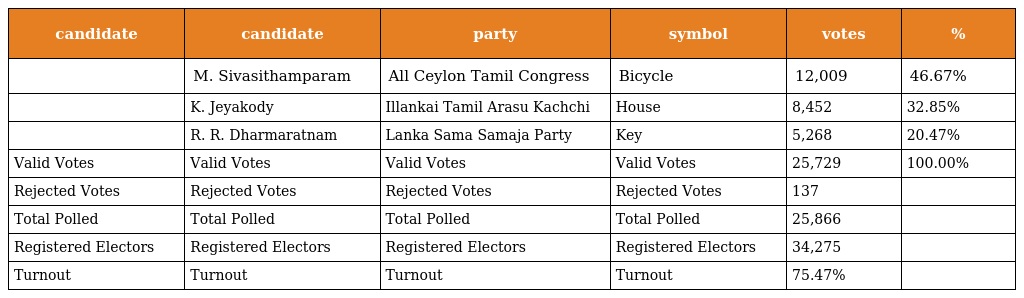
| candidate | candidate | party | symbol | votes | % |
 | --- | --- | --- | --- | --- | --- |
 |  | M. Sivasithamparam | All Ceylon Tamil Congress | Bicycle | 12,009 | 46.67% |
 |  | K. Jeyakody | Illankai Tamil Arasu Kachchi | House | 8,452 | 32.85% |
 |  | R. R. Dharmaratnam | Lanka Sama Samaja Party | Key | 5,268 | 20.47% |
 | Valid Votes | Valid Votes | Valid Votes | Valid Votes | 25,729 | 100.00% |
 | Rejected Votes | Rejected Votes | Rejected Votes | Rejected Votes | 137 |  |
 | Total Polled | Total Polled | Total Polled | Total Polled | 25,866 |  |
 | Registered Electors | Registered Electors | Registered Electors | Registered Electors | 34,275 |  |
 | Turnout | Turnout | Turnout | Turnout | 75.47% |  |